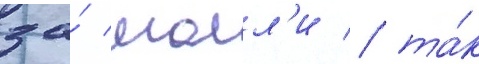
за́ молл'и / та́к